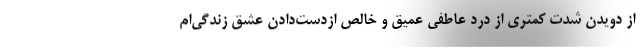
از دویدن شدت کمتری از درد عاطفی عمیق و خالصِ ازدست‌دادن عشق زندگی‌ام